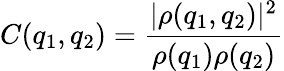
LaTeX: C(q_{1},q_{2})=\frac{|\rho(q_{1},q_{2})|^{2}}{\rho(q_{1})\rho(q_{2})}